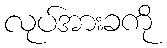
လုပ်အားခကို